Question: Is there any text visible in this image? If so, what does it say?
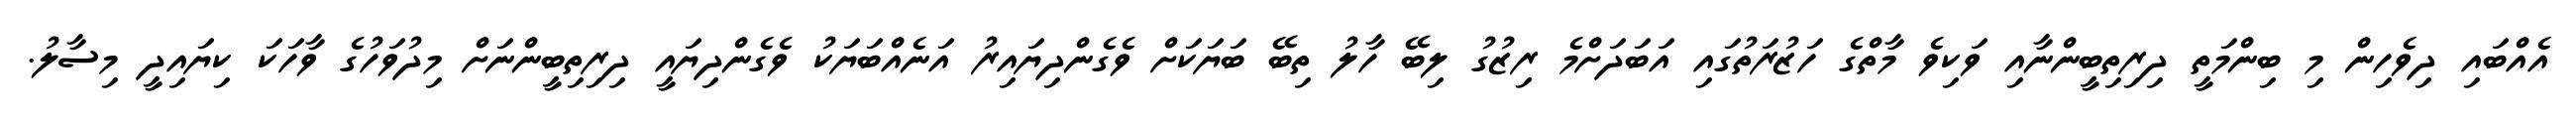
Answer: އެއްބައި ދިވެހިން މި ބިންމަތީ ދިރިތިބީންނާއި ވަކިވެ މާތްގެ ހަޒުރަތުގައި އަބަދަށްމެ ރިޒުގު ލިބޭ ހާލު ތިބޭ ބަޔަކަށް ވެގެންދިޔައިރު އަނެއްބަޔަކު ވެގެންދިޔައީ ދިރިތިބީންނަށް މިދުވަހުގެ ވާހަކަ ކިޔައިދީ މިސާލު.